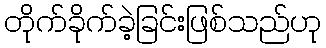
တိုက်ခိုက်ခဲ့ခြင်းဖြစ်သည်ဟု